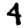
Digit: 4